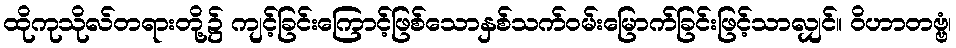
ထိုကုသိုလ်တရားတို့၌ ကျင့်ခြင်းကြောင့်ဖြစ်သောနှစ်သက်ဝမ်းမြောက်ခြင်းဖြင့်သာလျှင်။ ဝိဟာတဗ္ဗံ၊